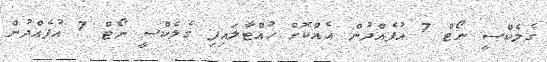
ގެލެކްސީ ނޯޓް 7 އުފެއްދުން އެއްކޮށް ހުއްޓާލައިފި ގެލެކްސީ ނޯޓް 7 އުފެއްދުން